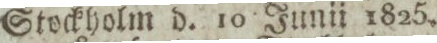
Stockholm d. 10 Junii 1825.